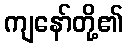
ကျနော်တို့၏